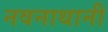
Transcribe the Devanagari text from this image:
नवनाथानी